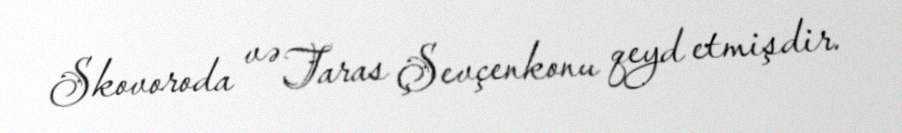
Skovoroda və Taras Şevçenkonu qeyd etmişdir.